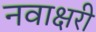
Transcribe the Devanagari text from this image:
नवाक्षरी